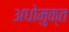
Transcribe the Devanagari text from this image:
अधोमुक्त